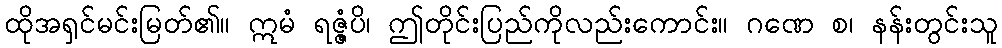
ထိုအရှင်မင်းမြတ်၏။ ဣမံ ရဇ္ဇံပိ၊ ဤတိုင်းပြည်ကိုလည်းကောင်း။ ဂဏေ စ၊ နန်းတွင်းသူ